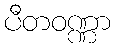
ပီတဝဏ္ဏာ